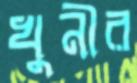
খুনীর